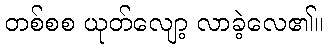
တစ်စစ ယုတ်လျော့ လာခဲ့လေ၏။